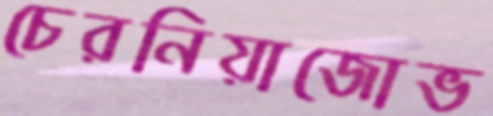
চেরনিয়াজোভ